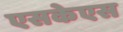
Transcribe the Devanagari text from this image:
एसकेएस